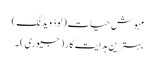
مہوش حیات (لوڈ ویڈنگ)
بہترین ہدایت کار (جیوری) ۔